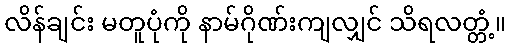
လိန်ချင်း မတူပုံကို နာမ်ဂိုဏ်းကျလျှင် သိရလတ္တံ့။